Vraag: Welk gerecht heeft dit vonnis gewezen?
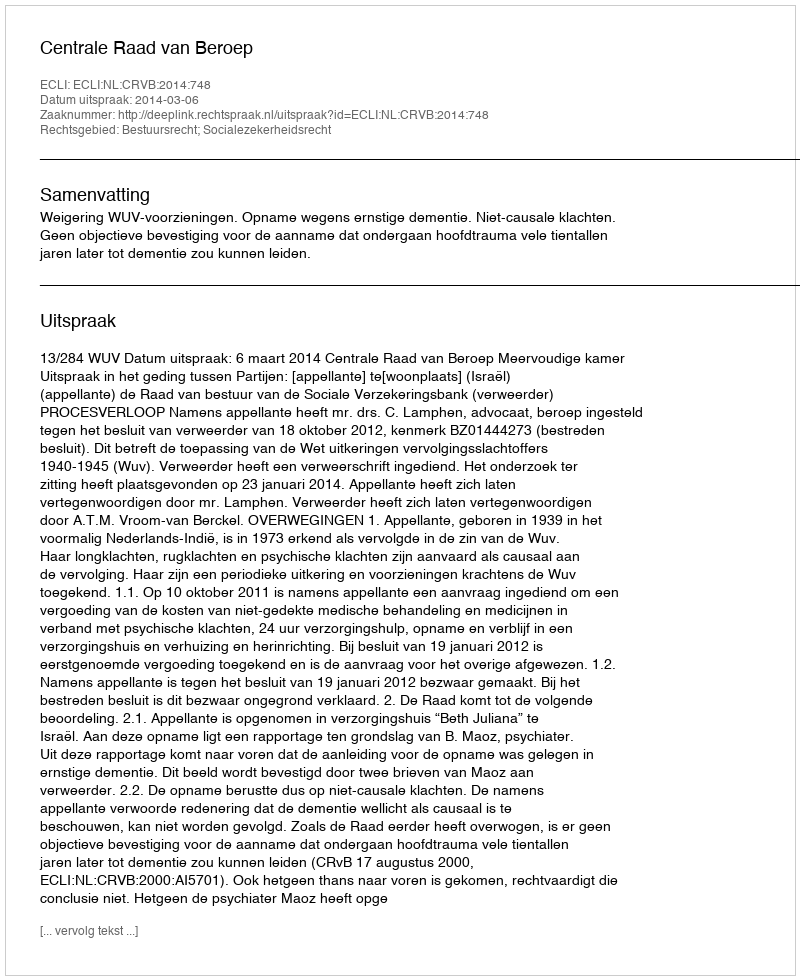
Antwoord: Centrale Raad van Beroep